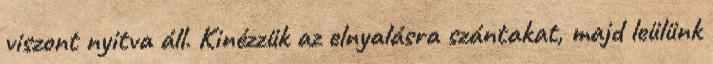
viszont nyitva áll. Kinézzük az elnyalásra szántakat, majd leülünk